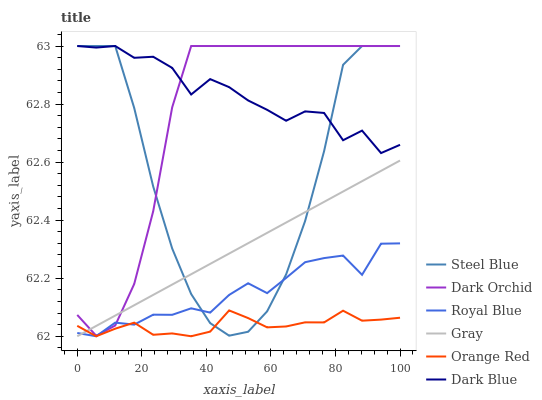
| xaxis_label | Steel Blue | Dark Orchid | Royal Blue | Gray | Orange Red | Dark Blue |
 | --- | --- | --- | --- | --- | --- | --- |
 | 0 | 63 | 62.1 | 62 | 62 | 62 | 63 |
 | 5.88 | 63 | 62 | 62 | 62 | 62 | 63 |
 | 11.8 | 63 | 62 | 62 | 62.1 | 62 | 63 |
 | 17.6 | 62.8 | 62.2 | 62 | 62.1 | 62 | 63 |
 | 23.5 | 62.5 | 62.4 | 62.1 | 62.1 | 62 | 63 |
 | 29.4 | 62.3 | 62.8 | 62.1 | 62.2 | 62 | 62.9 |
 | 35.3 | 62.1 | 63 | 62.1 | 62.2 | 62 | 62.8 |
 | 41.2 | 62 | 63 | 62.1 | 62.2 | 62 | 62.9 |
 | 47.1 | 62 | 63 | 62.1 | 62.3 | 62.1 | 62.9 |
 | 52.9 | 62 | 63 | 62.2 | 62.3 | 62.1 | 62.8 |
 | 58.8 | 62.1 | 63 | 62.1 | 62.4 | 62 | 62.8 |
 | 64.7 | 62.2 | 63 | 62.2 | 62.4 | 62 | 62.7 |
 | 70.6 | 62.4 | 63 | 62.3 | 62.4 | 62 | 62.8 |
 | 76.5 | 62.6 | 63 | 62.3 | 62.5 | 62 | 62.8 |
 | 82.4 | 62.9 | 63 | 62.3 | 62.5 | 62.1 | 62.7 |
 | 88.2 | 63 | 63 | 62.2 | 62.5 | 62.1 | 62.7 |
 | 94.1 | 63 | 63 | 62.3 | 62.6 | 62.1 | 62.6 |
 | 100 | 63 | 63 | 62.3 | 62.6 | 62.1 | 62.7 |